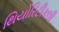
થિયોરિટીકલી